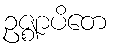
ဥဇ္ဈာပိတေ